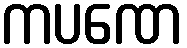
ကပဏေ